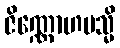
ဇိဏ္ဏောဟမသ္မိ